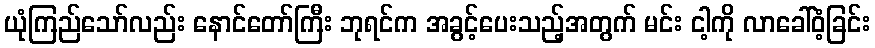
ယုံကြည်သော်လည်း နောင်တော်ကြီး ဘုရင်က အခွင့်ပေးသည့်အတွက် မင်း ငါ့ကို လာခေါ်ဝံ့ခြင်း